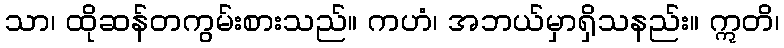
သာ၊ ထိုဆန်တကွမ်းစားသည်။ ကဟံ၊ အဘယ်မှာရှိသနည်း။ ဣတိ၊